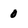
Character: 0